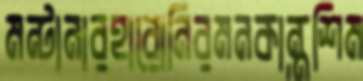
মন্টানারহারোনিরমনকান্তশিম